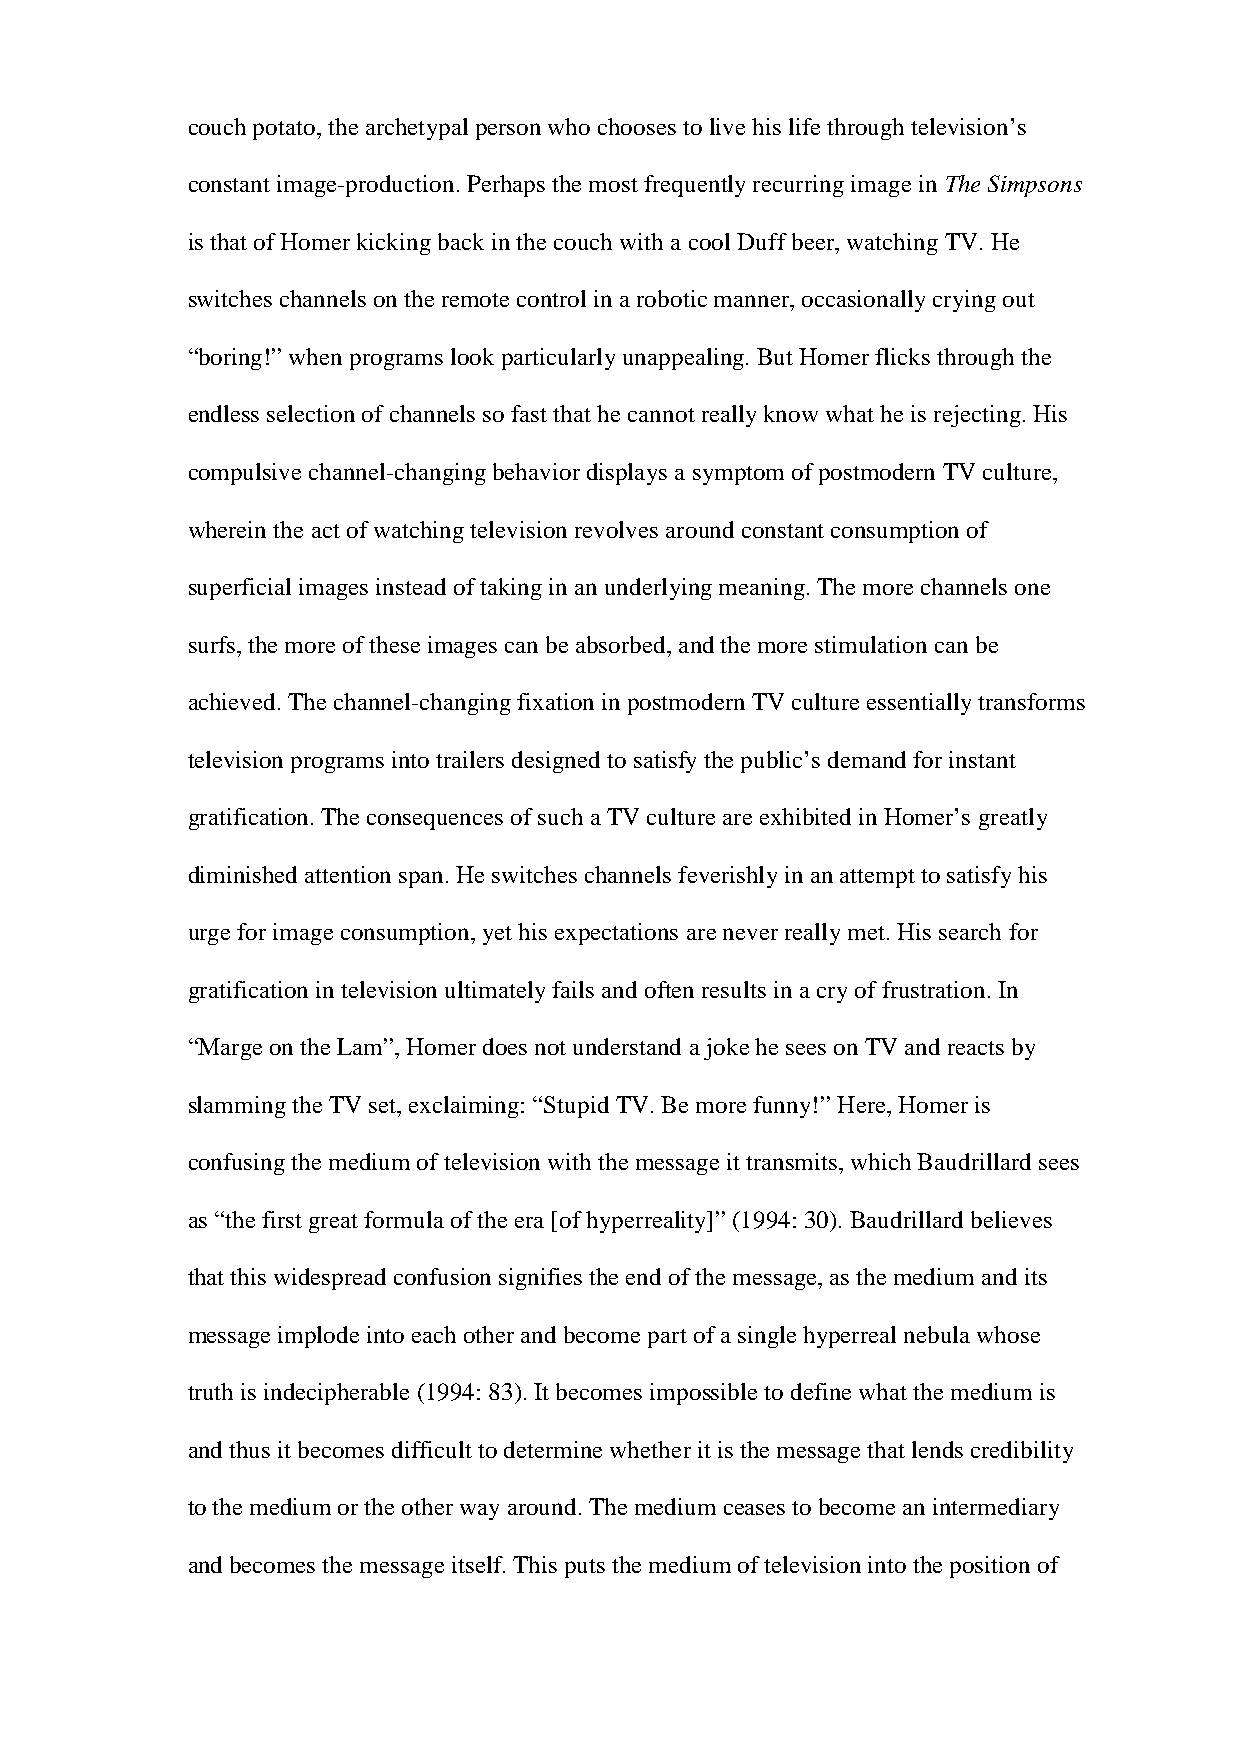
couch potato, the archetypal person who chooses to live his life through television’s
 constant image-production. Perhaps the most frequently recurring image in The Simpsons
 is that of Homer kicking back in the couch with a cool Duff beer, watching TV. He
 switches channels on the remote control in a robotic manner, occasionally crying out
 “boring!” when programs look particularly unappealing. But Homer flicks through the
 endless selection of channels so fast that he cannot really know what he is rejecting. His
 compulsive channel-changing behavior displays a symptom of postmodern TV culture,
 wherein the act of watching television revolves around constant consumption of
 superficial images instead of taking in an underlying meaning. The more channels one
 surfs, the more of these images can be absorbed, and the more stimulation can be
 achieved. The channel-changing fixation in postmodern TV culture essentially transforms
 television programs into trailers designed to satisfy the public’s demand for instant
 gratification. The consequences of such a TV culture are exhibited in Homer’s greatly
 diminished attention span. He switches channels feverishly in an attempt to satisfy his
 urge for image consumption, yet his expectations are never really met. His search for
 gratification in television ultimately fails and often results in a cry of frustration. In
 “Marge on the Lam”, Homer does not understand a joke he sees on TV and reacts by
 slamming the TV set, exclaiming: “Stupid TV. Be more funny!” Here, Homer is
 confusing the medium of television with the message it transmits, which Baudrillard sees
 as “the first great formula of the era [of hyperreality]” (1994: 30). Baudrillard believes
 that this widespread confusion signifies the end of the message, as the medium and its
 message implode into each other and become part of a single hyperreal nebula whose
 truth is indecipherable (1994: 83). It becomes impossible to define what the medium is
 and thus it becomes difficult to determine whether it is the message that lends credibility
 to the medium or the other way around. The medium ceases to become an intermediary
 and becomes the message itself. This puts the medium of television into the position of